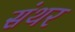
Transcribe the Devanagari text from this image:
संथर